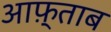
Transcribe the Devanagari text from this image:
आफ़्ताब